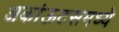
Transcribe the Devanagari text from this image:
अकांऊटसमध्ये